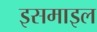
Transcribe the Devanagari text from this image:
इसमाइल